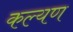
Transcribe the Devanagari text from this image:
कल्यण